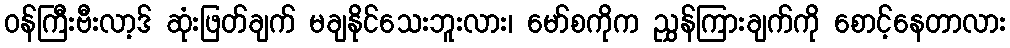
ဝန်ကြီးဗီးလာ့ဒ် ဆုံးဖြတ်ချက် မချနိုင်သေးဘူးလား၊ မော်စကိုက ညွှန်ကြားချက်ကို စောင့်နေတာလား